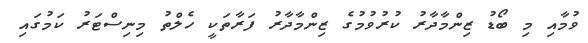
ވުމާއި މި ބޯޑު ޒިންމާދާރު ކުރުވުމުގެ ޒިންމާދާރު ފަރާތަކީ ހެލްތު މިނިސްޓަރު ކަމުގައި